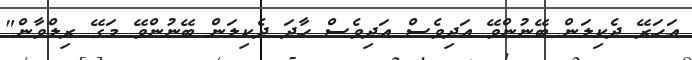
އަހަރޭ ދެކިލަން ބޭނުންވޭ އަދިވެސް އަދިވެސް ހާދަ ދެކިލަން ބޭނުންވޭ މަގޭ ރިލްވާން"